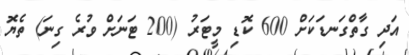
އަދި ގާތްގަނޑަކަށް 600 ކޮޑި މީޓަރު (200 ޓަނަށް ވުރެ ގިނަ) ތެޔޮ